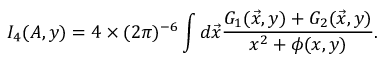
I _ { 4 } ( A , y ) = 4 \times { ( 2 \pi ) ^ { - 6 } } \int d { \vec { x } } { \frac { G _ { 1 } ( \vec { x } , y ) + G _ { 2 } ( \vec { x } , y ) } { x ^ { 2 } + \phi ( x , y ) } } .